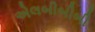
એલબીબીબી